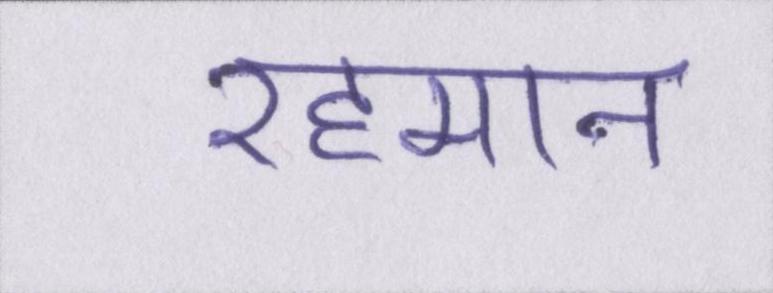
रहमान